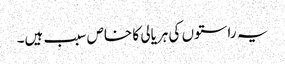
یہ راستوں کی ہریالی کا خاص سبب ہیں۔